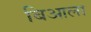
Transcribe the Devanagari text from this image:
बिआला